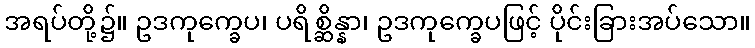
အရပ်တို့၌။ ဥဒကုက္ခေပ၊ ပရိစ္ဆိန္နာ၊ ဥဒကုက္ခေပဖြင့် ပိုင်းခြားအပ်သော။